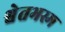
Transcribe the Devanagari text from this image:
श्वेतभस्म